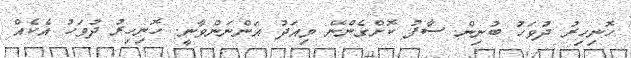
ހޮނިހިރު ދުވަހު ބުނިން ސާފު ކޮށްގެންނޭ މިއަދު އަންނަންވާނީ. ހޮނިހިރު ދުވަހު އެކެއް